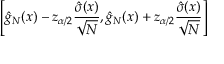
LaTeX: \left[ { \hat { g } } _ { N } ( x ) - z _ { \alpha / 2 } { \frac { { \hat { \sigma } } ( x ) } { \sqrt { N } } } , { \hat { g } } _ { N } ( x ) + z _ { \alpha / 2 } { \frac { { \hat { \sigma } } ( x ) } { \sqrt { N } } } \right]